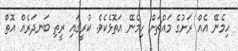
ހިމެނޭ އެއް ރަށުގެ މައްޗަށް ހިމެނޭ އަތޮޅެކެވެ. ކުރީގައި ރީތި ބަނދަރެއް އޮތް